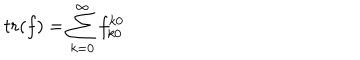
LaTeX: t r ( f ) = \sum _ { k = 0 } ^ { \infty } f _ { k 0 } ^ { k 0 }